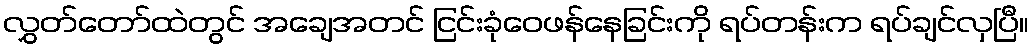
လွှတ်တော်ထဲတွင် အချေအတင် ငြင်းခုံဝေဖန်နေခြင်းကို ရပ်တန်းက ရပ်ချင်လှပြီ။